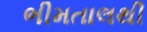
ભીમતાલથી